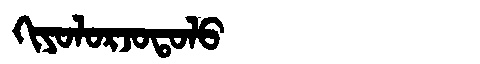
Manchu: ᡴᡳᠶᠣᠯᠣᡵᠵᠣᡨᠣᠯᠣ
Romanization: KIYOLORJOTOLO